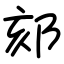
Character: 郂